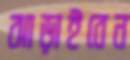
ঝাড়াইবেন